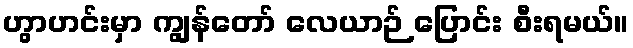
ဟွာဟင်းမှာ ကျွန်တော် လေယာဉ် ပြောင်း စီးရမယ်။